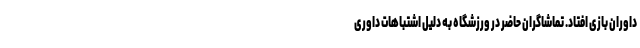
داوران بازی افتاد. تماشاگران حاضر در ورزشگاه به دلیل اشتباهات داوری